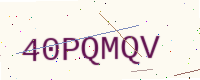
Text: 40PQMQV